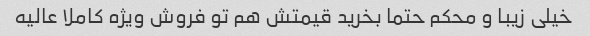
خیلی زیبا و محکم حتما بخرید قیمتش هم تو فروش ویژه کاملا عالیه